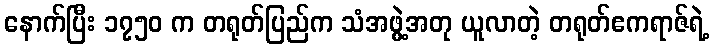
နောက်ပြီး ၁၇၅၀ က တရုတ်ပြည်က သံအဖွဲ့အတု ယူလာတဲ့ တရုတ်ဧကရာဇ်ရဲ့